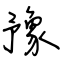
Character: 豫